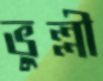
ভুল্লী